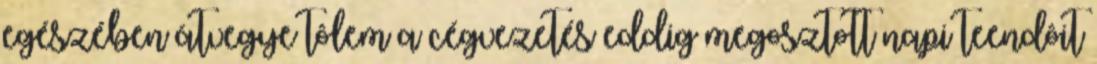
egészében átvegye tôlem a cégvezetés eddig megosztott napi teendôit